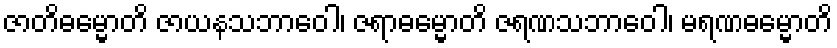
ဇာတိဓမ္မောတိ ဇာယနသဘာဝေါ၊ ဇရာဓမ္မောတိ ဇရဏသဘာဝေါ၊ မရဏဓမ္မောတိ